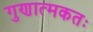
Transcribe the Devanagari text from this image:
गुणात्मकतः